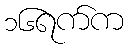
၁၆ရက်က